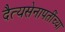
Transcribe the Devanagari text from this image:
दैत्यसेनापतींच्या